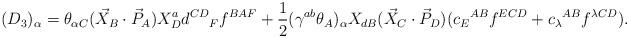
LaTeX: \begin{align*}(D_{3})_{\alpha}= \theta_{\alpha C}(\vec X_{B}\cdot\vec P_{A})X^{a}_{D} {d^{CD}}_{F}f^{BAF} +\frac{1}{2}(\gamma^{ab}\theta_{A})_{\alpha}X_{dB} (\vec X_{C}\cdot\vec P_{D}) ({c_{E}}^{AB}f^{ECD}+{c_{\lambda}}^{AB}f^{\lambda CD}). \end{align*}